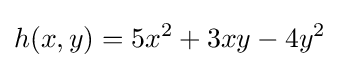
h(x,y)=5x^{2}+3xy-4y^{2}